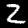
Label: 2